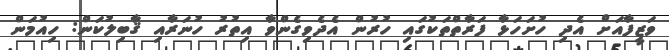
ވަޒީފާއަށް އެދި ހުށަހަޅާ ފަރާތްތަކުގައި ހުރުން އެދެވިގެންވާ އިތުރު ހުނަރާއި ޤާބިލުކަން: ހިއުމަން